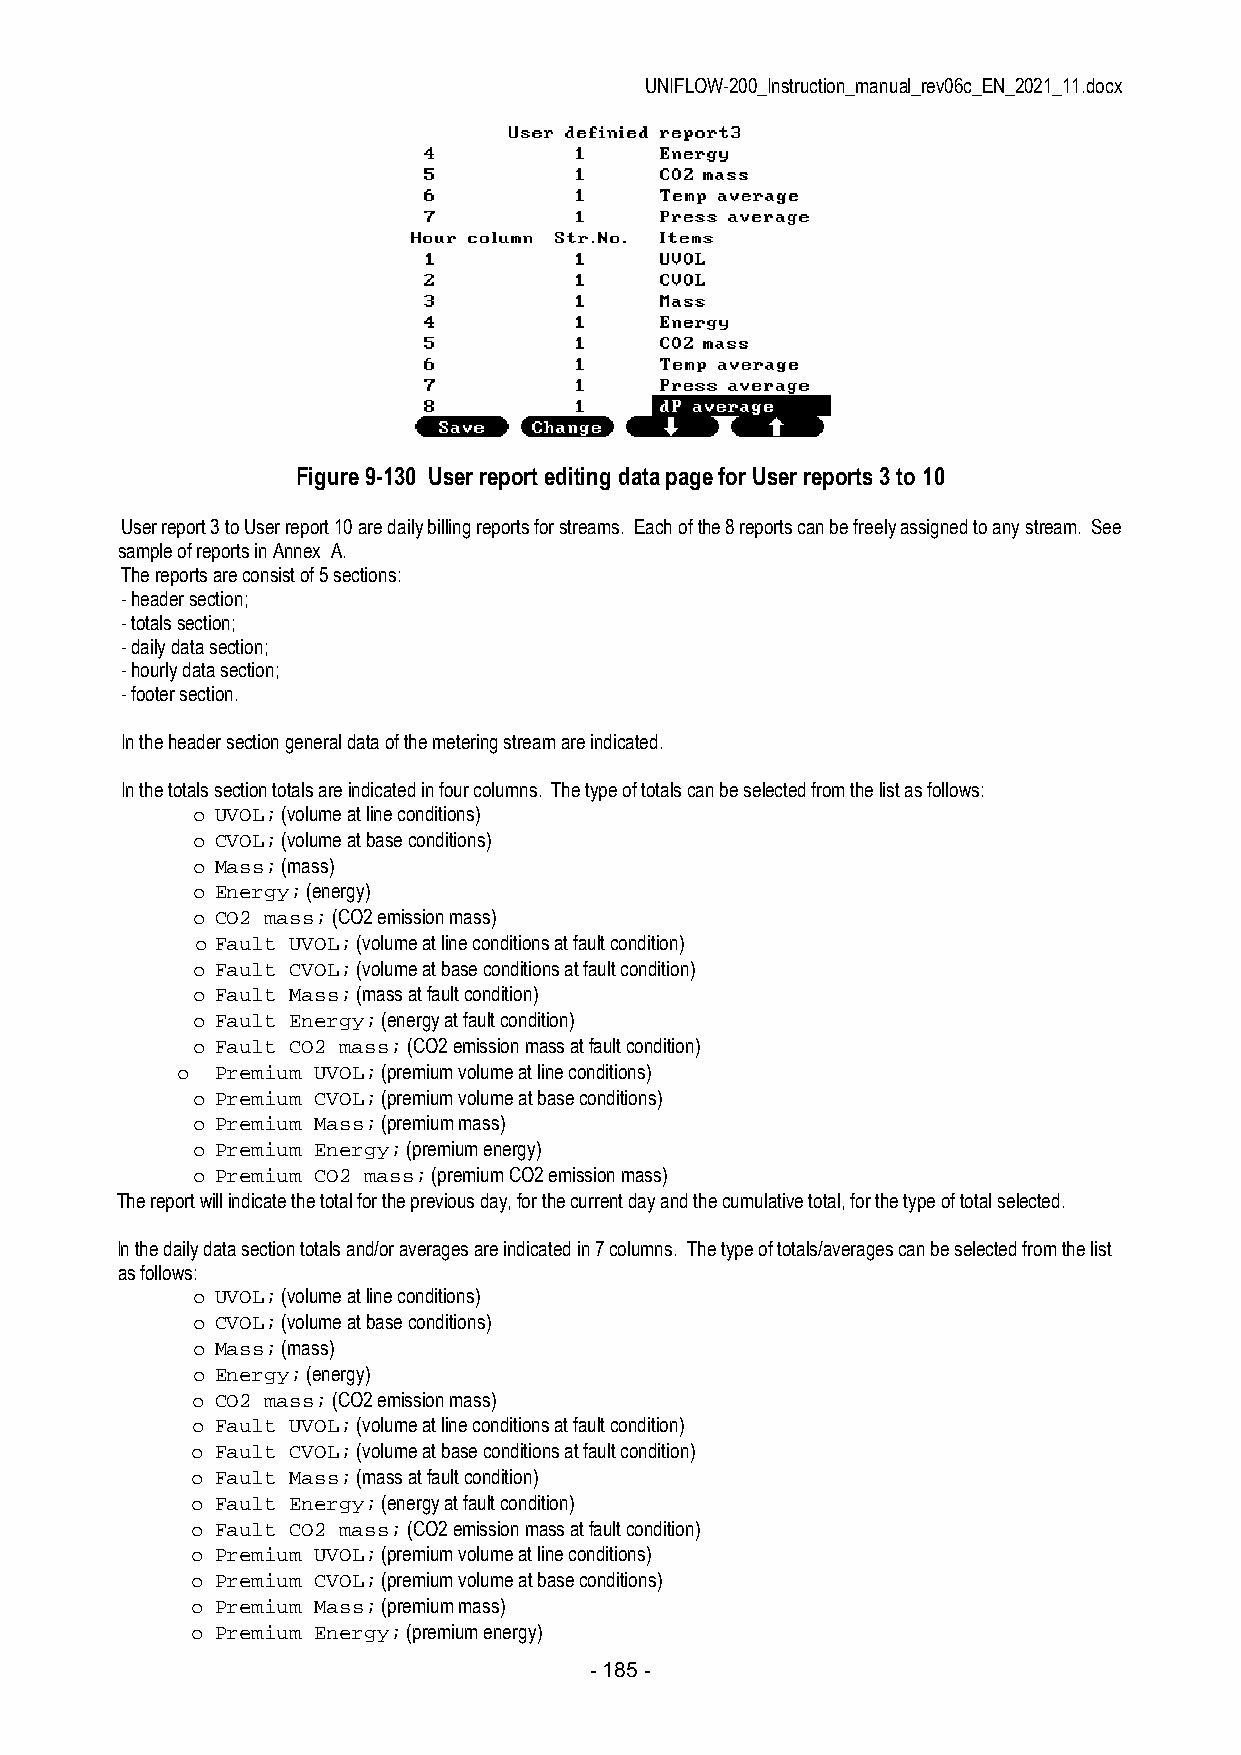
UNIFLOW-200_Instruction_manual_rev06c_EN_2021_11.docx
 Figure 9-130 User report editing data page for User reports 3 to 10
 User report 3 to User report 10 are daily billing reports for streams. Each of the 8 reports can be freely assigned to any stream. See
 sample of reports in Annex A.
 The reports are consist of 5 sections:
 - header section;
 - totals section;
 - daily data section;
 - hourly data section;
 - footer section.
 In the header section general data of the metering stream are indicated.
 In the totals section totals are indicated in four columns. The type of totals can be selected from the list as follows:
 o UVOL; (volume at line conditions)
 o CVOL; (volume at base conditions)
 o Mass; (mass)
 o Energy; (energy)
 o CO2 mass; (CO2 emission mass)
 o Fault UVOL; (volume at line conditions at fault condition)
 o Fault CVOL; (volume at base conditions at fault condition)
 o Fault Mass; (mass at fault condition)
 o Fault Energy; (energy at fault condition)
 o Fault CO2 mass; (CO2 emission mass at fault condition)
 o Premium UVOL; (premium volume at line conditions)
 o Premium CVOL; (premium volume at base conditions)
 o Premium Mass; (premium mass)
 o Premium Energy; (premium energy)
 o Premium CO2 mass; (premium CO2 emission mass)
 The report will indicate the total for the previous day, for the current day and the cumulative total, for the type of total selected.
 In the daily data section totals and/or averages are indicated in 7 columns. The type of totals/averages can be selected from the list
 as follows:
 o UVOL; (volume at line conditions)
 o CVOL; (volume at base conditions)
 o Mass; (mass)
 o Energy; (energy)
 o CO2 mass; (CO2 emission mass)
 o Fault UVOL; (volume at line conditions at fault condition)
 o Fault CVOL; (volume at base conditions at fault condition)
 o Fault Mass; (mass at fault condition)
 o Fault Energy; (energy at fault condition)
 o Fault CO2 mass; (CO2 emission mass at fault condition)
 o Premium UVOL; (premium volume at line conditions)
 o Premium CVOL; (premium volume at base conditions)
 o Premium Mass; (premium mass)
 o Premium Energy; (premium energy)
 - 185 -